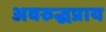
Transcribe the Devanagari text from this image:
अवरुद्धप्राय